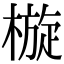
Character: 㯀